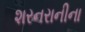
શરનરાનીના